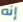
إنه